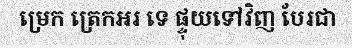
ម្រេក ត្រេកអរ ទេ ផ្ទុយទៅវិញ បែរជា